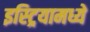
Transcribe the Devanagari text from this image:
इस्ट्रियामध्ये